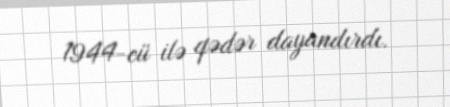
1944-cü ilə qədər dayandırdı.